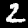
Label: 2